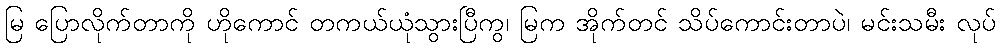
မြ ပြောလိုက်တာကို ဟိုကောင် တကယ်ယုံသွားပြီကွ၊ မြက အိုက်တင် သိပ်ကောင်းတာပဲ၊ မင်းသမီး လုပ်